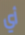
أي